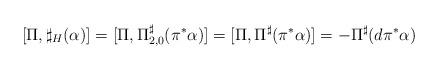
LaTeX: \begin{align*}[\Pi,\sharp_{H}(\alpha)] = [\Pi,\Pi_{2,0}^{\sharp}(\pi^{\ast}\alpha)] = [\Pi,\Pi^{\sharp}(\pi^{\ast}\alpha)]= -\Pi^{\sharp}(d\pi^{\ast}\alpha)\end{align*}